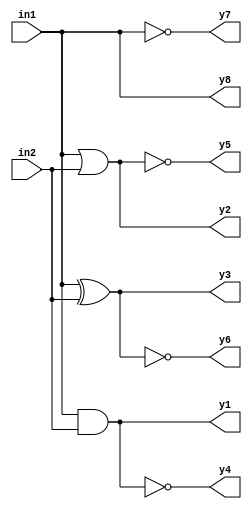
`timescale 1ns / 1ps
//////////////////////////////////////////////////////////////////////////////////
// Company: 
// Engineer: 
// 
// Design Name: 
// Module Name: Experiment 2
// Project Name: 
// Target Devices: 
// Tool Versions: 
// Description: 
// 
// Dependencies: 
// 
// Revision:
// Revision 0.01 - File Created
// Additional Comments:
// 
//////////////////////////////////////////////////////////////////////////////////
module Experiment_2(input in1,
                    input in2,
                    output y1,y2,y3,y4,y5,y6,y7,y8);
    
assign y1= in1&in2;
assign y2= in1|in2;
assign y3= in1^in2;
assign y4= ~(in1&in2);
assign y5= ~(in1|in2);
assign y6= ~(in1^in2);
assign y7= ~in1;
assign y8= in1;

endmodule